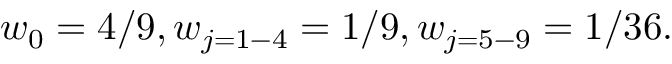
w _ { 0 } = 4 / 9 , w _ { j = 1 - 4 } = 1 / 9 , w _ { j = 5 - 9 } = 1 / 3 6 .